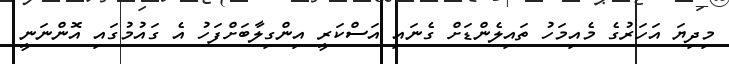
މިދިޔަ އަހަރުގެ މެއިމަހު ތައިލެންޑަށް ގެނައި އަސްކަރީ އިންގިލާބަށްފަހު އެ ގައުމުގައި އޮންނަނީ